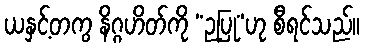
ယနှင့်တကွ နိဂ္ဂဟိတ်ကို “ဉပြု”ဟု စီရင်သည်။